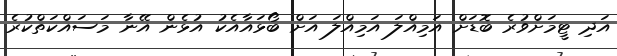
އަދި ޓީމަށްވުރެ ބޮޑަށް އަމިއްލަ އަމިއްލަ އަށް ބޯޅައާއެކު އުޅެން އޭނާ މަސައްކަތްކުރެ